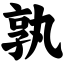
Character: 孰